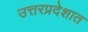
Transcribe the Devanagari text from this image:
उत्तरप्रदेशात